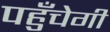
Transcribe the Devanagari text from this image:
पहुँचेगी